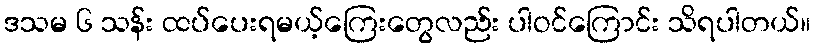
ဒသမ ၆ သန်း ထပ်ပေးရမယ့်ကြေးတွေလည်း ပါဝင်ကြောင်း သိရပါတယ်။